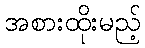
အစားထိုးမည့်